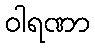
ဝါရဏာ